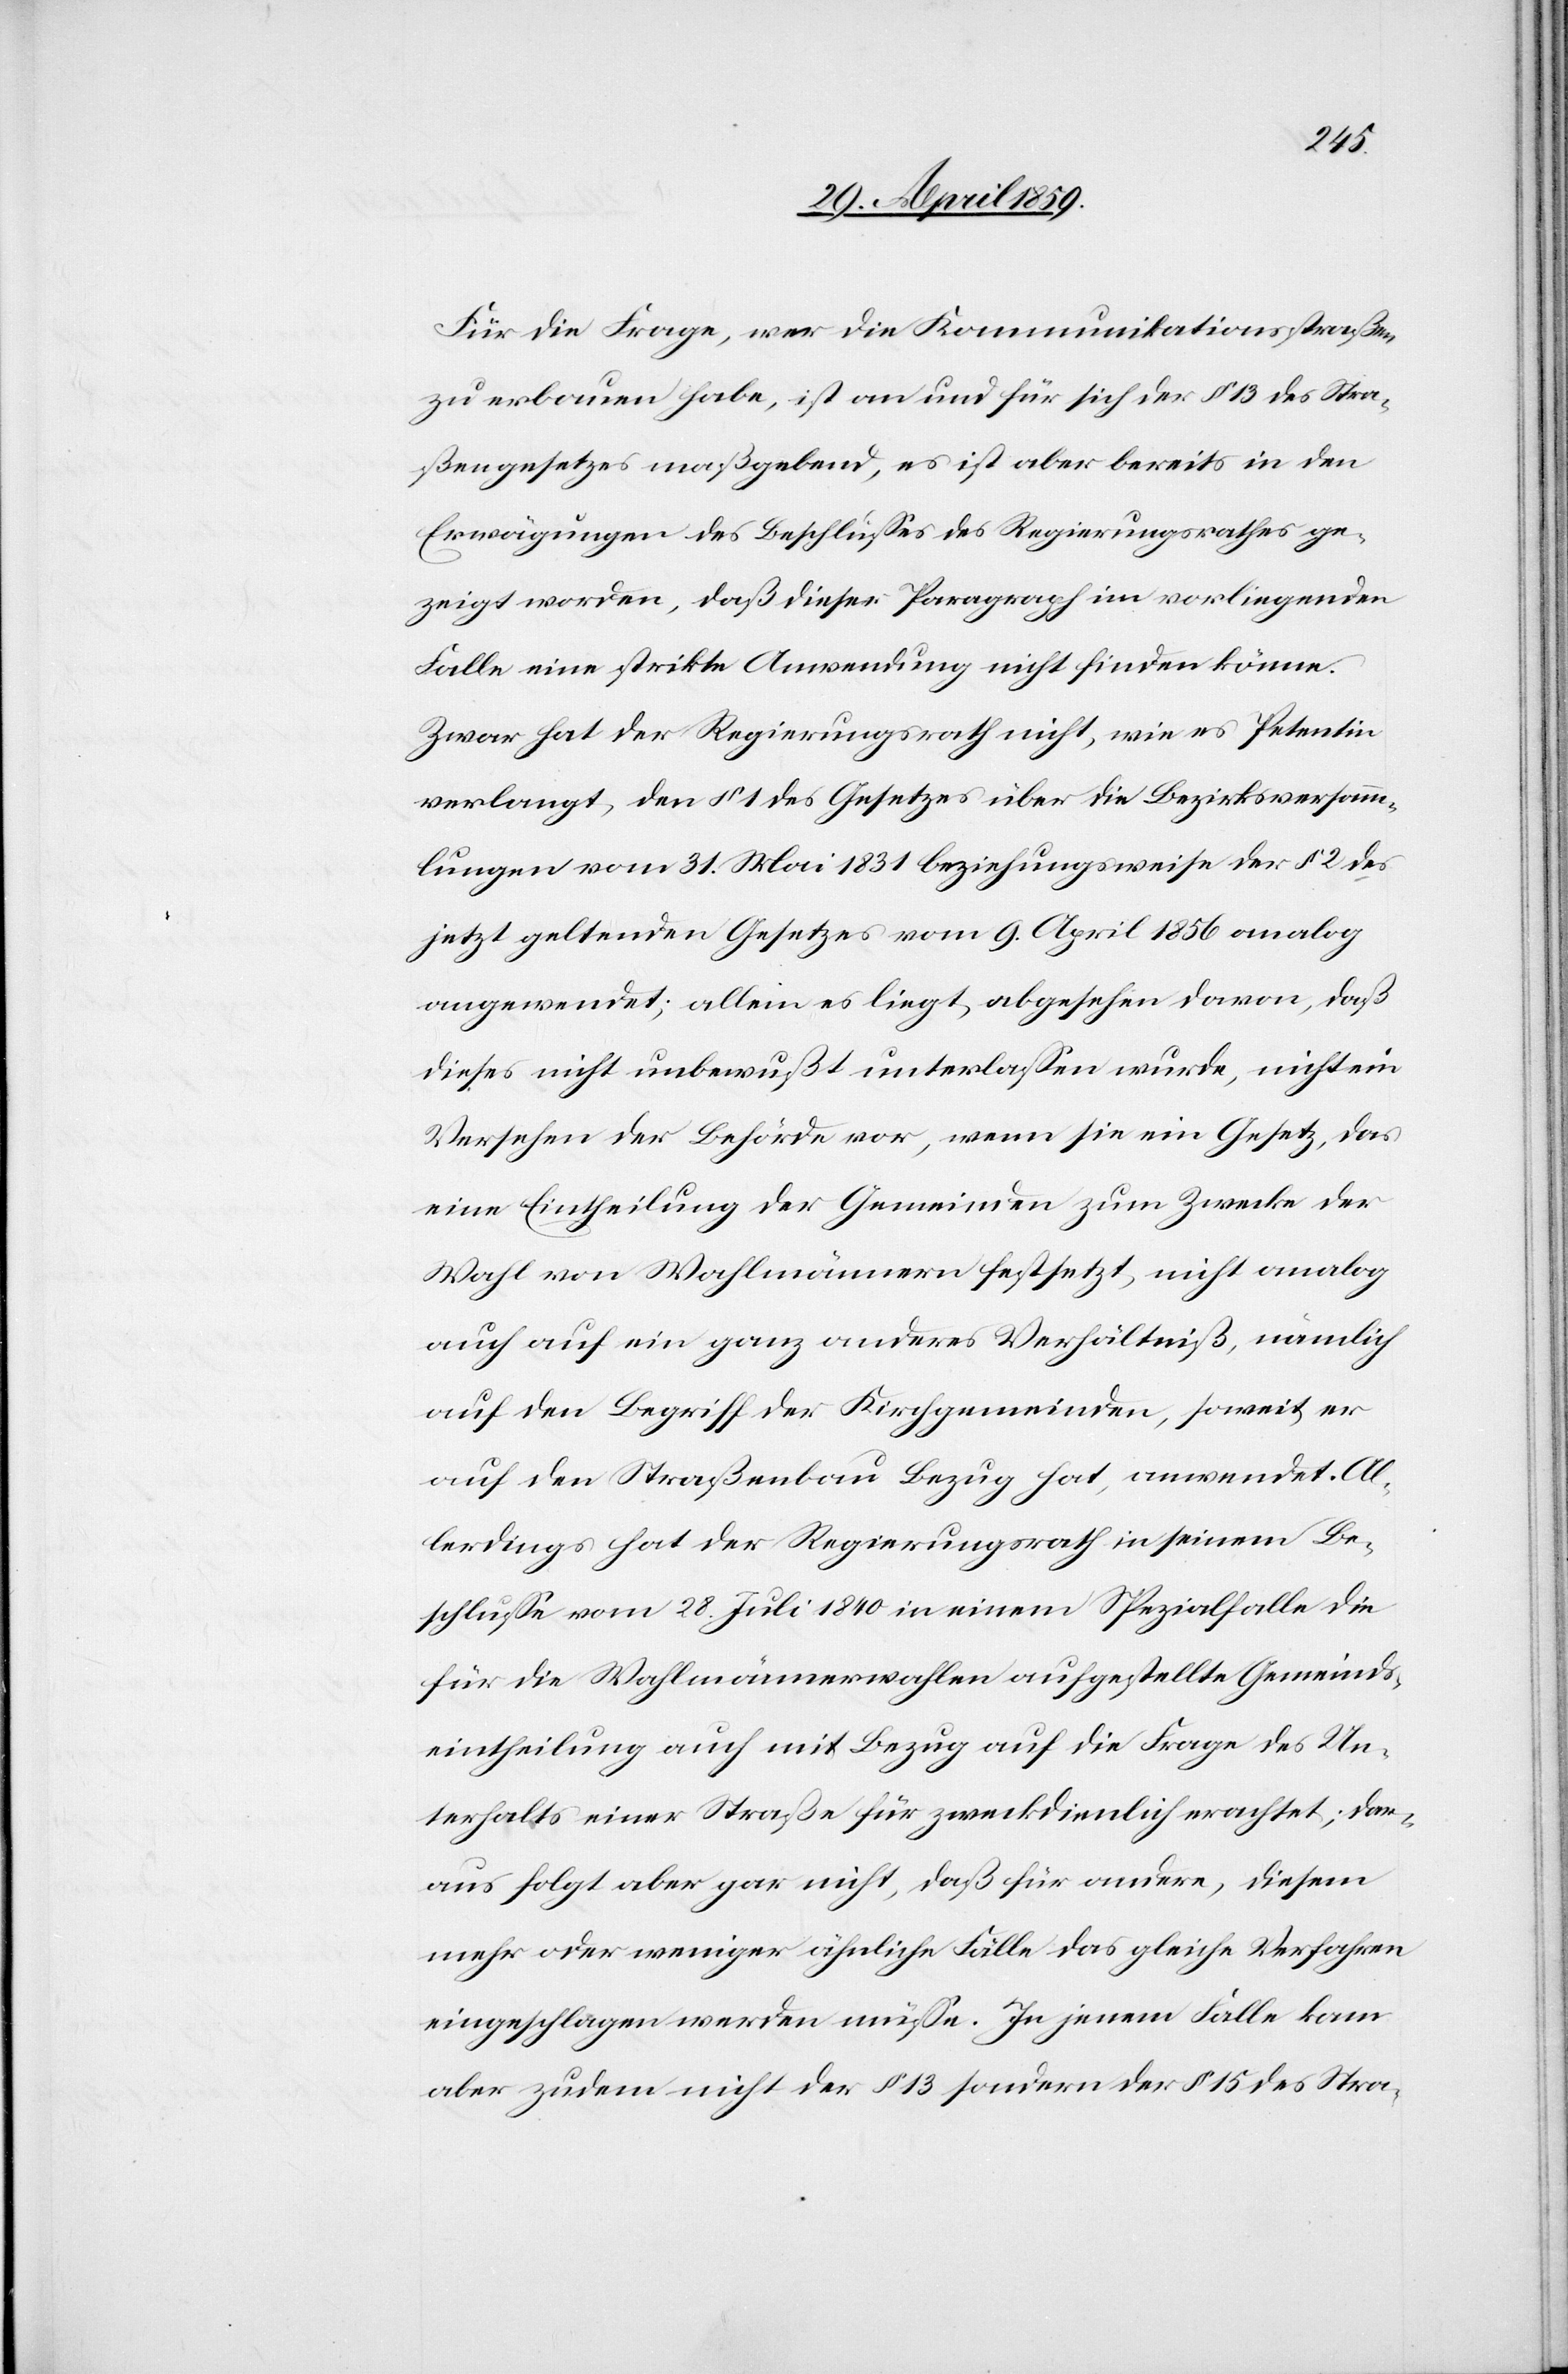
Für die Frage, wer die Kommunikationsstraßen
zu erbauen habe, ist an und für sich der § 13 des Stra¬
ßengesetzes maßgebend, es ist aber bereits in den
Erwägungen des Beschlußes des Regierungsrathes ge¬
zeigt worden, daß dieser Paragraph im vorliegenden
Falle eine strikte Anwendung nicht finden könne.
Zwar hat der Regierungsrath nicht, wie es Petentin
verlangt, den § 1 des Gesetzes über die Bezirksversamm¬
lungen vom 31. Mai 1831 beziehungsweise der § 2 des
jetzt geltenden Gesetzes vom 9. April 1856 analog
angewendet; allein es liegt, abgesehen davon, daß
dieses nicht unbewußt unterlaßen wurde, nicht ein
Versehen der Behörde vor, wenn sie ein Gesetz, das
eine Eintheilung der Gemeinden zum Zwecke der
Wahl von Wahlmännern festsetzt, nicht analog
auch auf ein ganz anderes Verhältniß, nämlich
auf den Begriff der Kirchgemeinden, soweit er
auf den Straßenbau Bezug hat, anwendet. Al¬
lerdings hat der Regierungsrath in seinem Be¬
schluße vom 28. Juli 1840 in einem Spezialfalle die
für die Wahlmännerwahlen aufgestellte Gemeinds¬
eintheilung auch mit Bezug auf die Frage des Un¬
terhalts einer Straße für zweckdienlich erachtet; dar¬
aus folgt aber gar nicht, daß für andere, diesem
mehr oder weniger ähnliche Fälle das gleiche Verfahren
eingeschlagen werden müße. In jenem Falle kam
aber zudem nicht der § 13 sondern der § 15 des Stra-